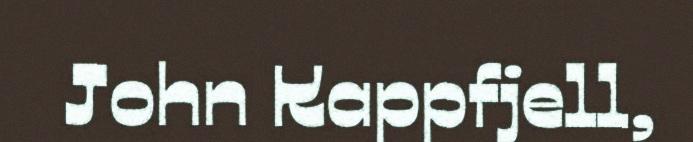
John Kappfjell,